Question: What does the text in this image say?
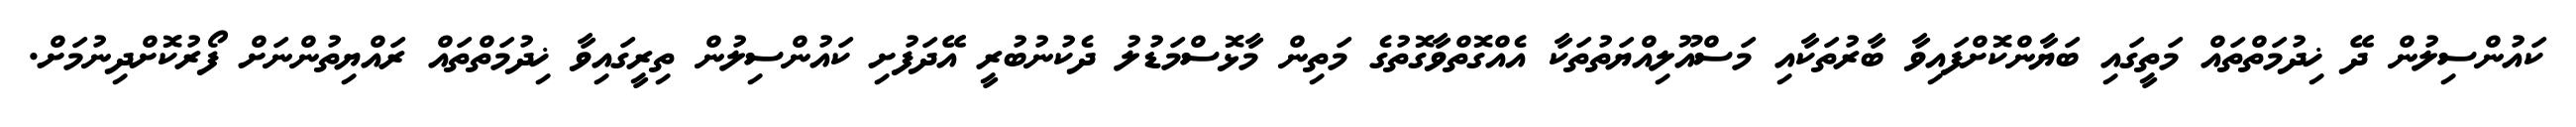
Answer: ކައުންސިލުން ދޭ ޚިދުމަތްތައް މަތީގައި ބަޔާންކޮށްފައިވާ ބާރުތަކާއި މަސްއޫލިއްޔަތުތަކާ އެއްގޮތްވާގޮތުގެ މަތިން މާޅޮސްމަޑުލު ދެކުނުބުރީ އޭދަފުށި ކައުންސިލުން ތިރީގައިވާ ޚިދުމަތްތައް ރައްޔިތުންނަށް ފޯރުކޮށްދިނުމަށް.